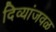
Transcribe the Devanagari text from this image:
दिव्यांजवळ